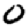
Digit: 0